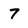
Character: 7